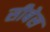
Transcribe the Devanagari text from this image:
सीबेस